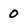
Character: 0